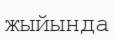
жыйында